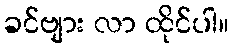
ခင်ဗျား လာ ထိုင်ပါ။